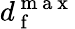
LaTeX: d_{\mathrm{~f~}}^{\mathrm{~m~a~x~}}